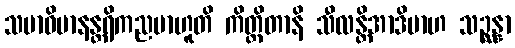
သမာဓိမာနန္တရိကညမာဟူတိ ကိတ္တိတာနိ သီလန္တိအာဒိမာဟ သဉ္ဆန္နာ